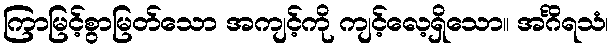
ကြာမြင့်စွာမြတ်သော အကျင့်ကို ကျင့်လေ့ရှိသော။ အင်္ဂိရသံ၊